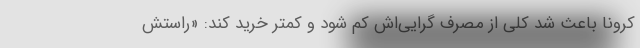
کرونا باعث شد کلی از مصرف گرایی‌اش کم شود و کمتر خرید کند: «راستش